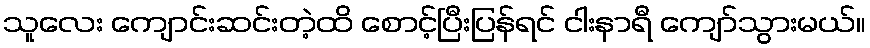
သူလေး ကျောင်းဆင်းတဲ့ထိ စောင့်ပြီးပြန်ရင် ငါးနာရီ ကျော်သွားမယ်။